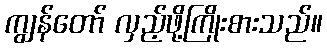
ကျွန်တော် လှည့်ဖို့ကြိုးစားသည်။